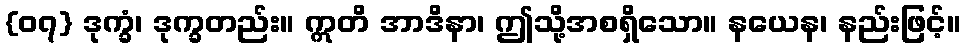
{၀၇} ဒုက္ခံ၊ ဒုက္ခတည်း။ ဣတိ အာဒိနာ၊ ဤသို့အစရှိသော။ နယေန၊ နည်းဖြင့်။